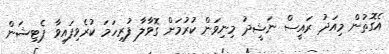
އެގޮތުން މިއަދު ރައީސް ނަޝީދު މިނިވަން ކުރުމަށް ގޮވާލާ ފުރިހަމަ ކުރެވިފައިވާ ޕެޓިޝަން